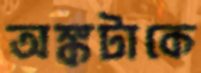
অঙ্কটাকে